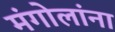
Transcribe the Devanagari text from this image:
मंगोलांना